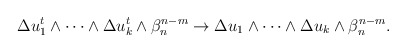
\begin{align*} \begin{aligned}\Delta u_1^{t}\wedge\dots\wedge \Delta u_k^{t} \wedge \beta_n^{n-m}\rightarrow \Delta u_1\wedge\dots\wedge \Delta u_k \wedge \beta_n^{n-m}.\end{aligned} \end{align*}